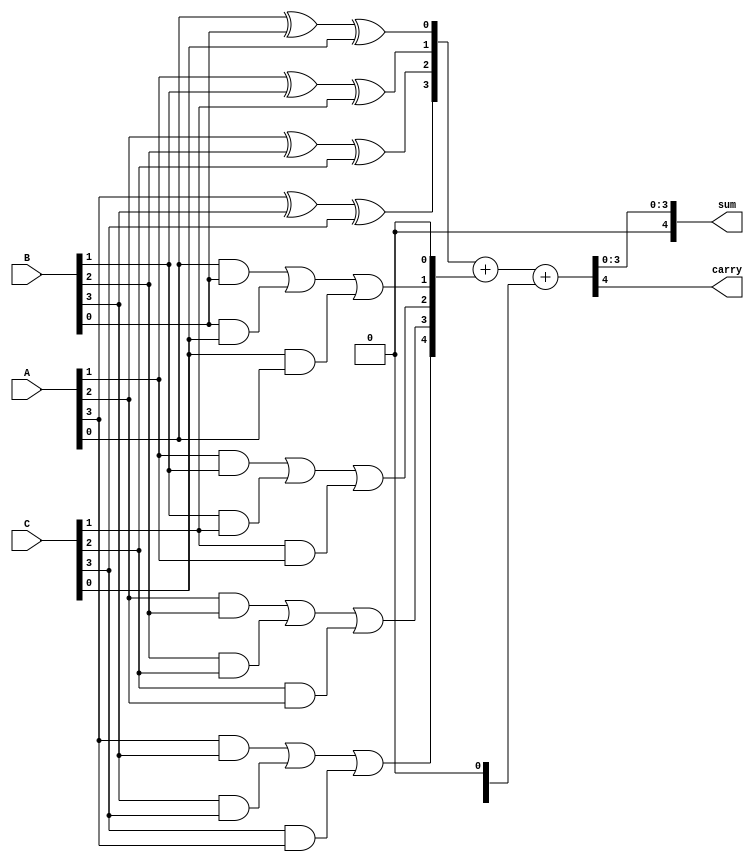
module CarrySaveAdder #(parameter N = 4)(
    input [N-1:0] A,
    input [N-1:0] B,
    input [N-1:0] C,
    output [N:0] sum,  // Note: N+1 bits to account for possible carry
    output carry
);

// Intermediate sums and carries
wire [N-1:0] P; // Partial sums
wire [N-1:0] G; // Carries

// Generate partial sums and carries
genvar i;
generate
    for (i = 0; i < N; i = i + 1) begin : CSA_stage
        assign P[i] = A[i] ^ B[i] ^ C[i]; // Partial sum
        assign G[i] = (A[i] & B[i]) | (B[i] & C[i]) | (C[i] & A[i]); // Carry
    end
endgenerate

// Reduction tree to combine partial sums and carries
wire [N:0] sum_stage1;
wire [N-1:0] carry_stage1;

// First stage reduction (P and G)
assign sum_stage1 = {1'b0, P} + {G, 1'b0}; // Add carry (shifted left for alignment)

// Second stage reduction to handle carries
wire [N:0] final_sum;
wire final_carry;

assign final_sum = sum_stage1 + {carry_stage1, 1'b0}; // Add the next carry stage
assign carry = final_sum[N]; // Final carry output
assign sum = final_sum[N-1:0]; // Final sum output

endmodule